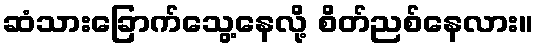
ဆံသားခြောက်သွေ့နေလို့ စိတ်ညစ်နေလား။